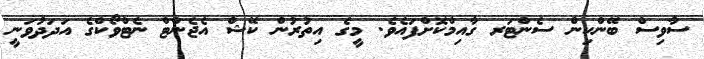
ސާވިސް ބޭންކިން ސެންޓަރ ގާއިމްކޮށްފައެވެ. މީގެ އިތުރުން ކޭޝް އެޖެންޓް ނެޓްވޯކްގެ އަދަދުވަނީ